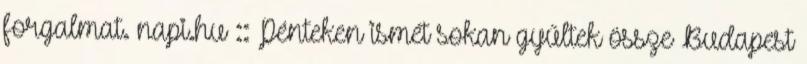
forgalmat. napi.hu :: Pénteken ismét sokan gyűltek össze Budapest